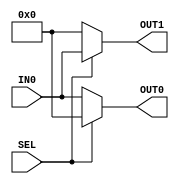
module demux_1x2#( parameter WIDTH = 4 )    (
                                                input [WIDTH-1:0] IN0,
                                                input SEL,
                                                output [WIDTH-1:0] OUT0,
                                                output [WIDTH-1:0] OUT1
                                            );

    reg [WIDTH-1:0] OUT0_r, OUT1_r;

    always@( * )
    begin
        OUT0_r = 0;
        OUT1_r = 0;

        if( !SEL )
        begin
            OUT0_r = IN0;
        end
        else if( SEL )
        begin
            OUT1_r = IN0;
        end
    end

    assign OUT0 = OUT0_r;
    assign OUT1 = OUT1_r;

endmodule